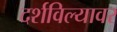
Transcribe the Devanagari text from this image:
दर्शविल्यावर